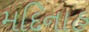
મદિનાહ